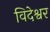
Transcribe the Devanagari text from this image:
विदेश्वर